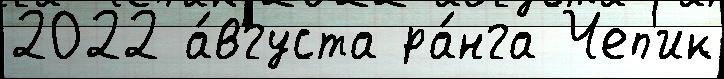
2022 а́вгуста ра́нга Чеп'ик